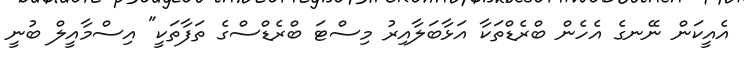
އެއީކަން ނޭނގެ އެހެން ބްރެޑްތަކާ އަޅާބަލާއިރު މިސްޓަ ބްރެޑްސްގެ ތަފާތަކީ" އިސްމާއީލް ބުނީ